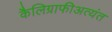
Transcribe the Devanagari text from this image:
कैलिग्राफीअत्यंत